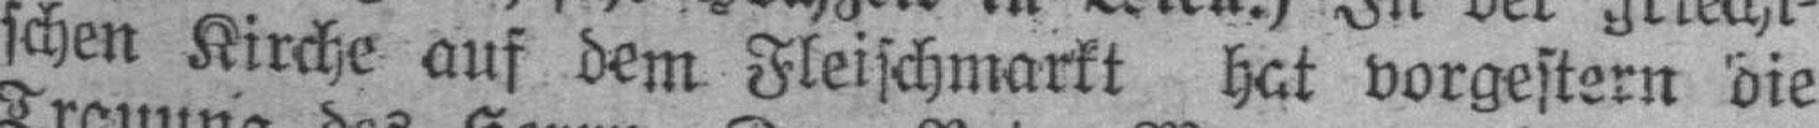
schen Kirche auf dem Fleischmarkt hat vorgestern die